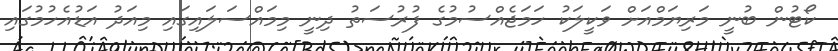
ކޯޓުން ބުނީ މަރިޔަމްއަށް ވަކީލަކު ހަމަޖެއްސުމުގެ ފުރުސަތު ދިނީ މިމައްސަލައިގައި މިއަދު އަޑުއެހުމުގައި